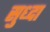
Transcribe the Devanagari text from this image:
सुध्‍दा